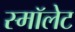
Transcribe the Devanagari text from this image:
स्मॉलेट